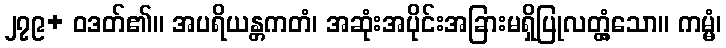
၂၇၉+ ဝဒတ်၏။ အပရိယန္တကတံ၊ အဆုံးအပိုင်းအခြားမရှိပြုလတ္တံ့သော။ ကမ္မံ၊